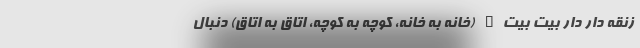
زنقه دار دار بيت بيت" (خانه به خانه، کوچه به کوچه، اتاق به اتاق) دنبال